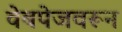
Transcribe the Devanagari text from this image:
वेबपेजवरून